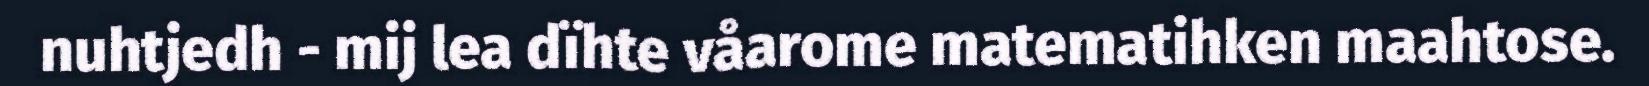
nuhtjedh - mij lea dïhte våarome matematihken maahtose.